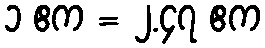
၁ ဧက = ၂.၄၇ ဧက